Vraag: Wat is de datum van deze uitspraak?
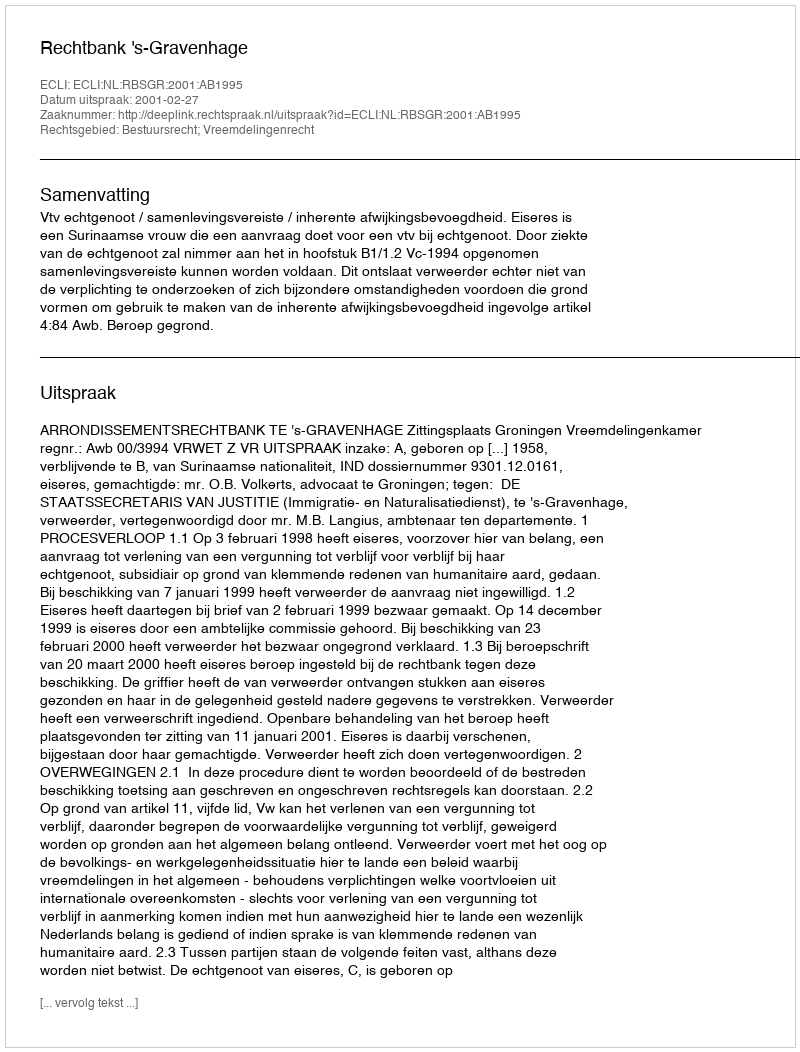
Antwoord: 2001-02-27